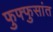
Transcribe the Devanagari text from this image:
फुफ्फुसांत